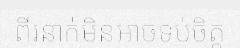
ពីរនាក់មិនអាចទប់ចិត្ត